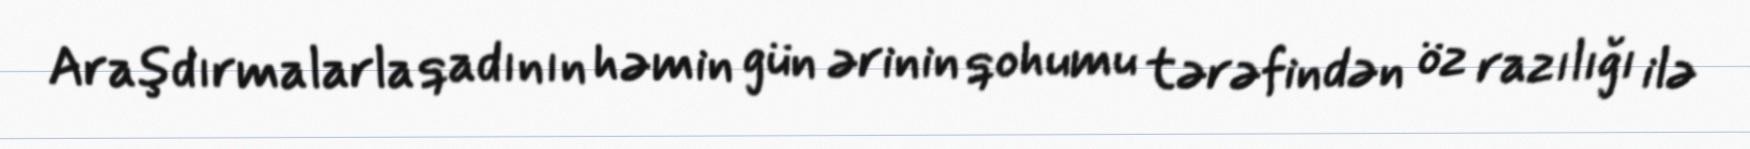
Araşdırmalarla qadının həmin gün ərinin qohumu tərəfindən öz razılığı ilə